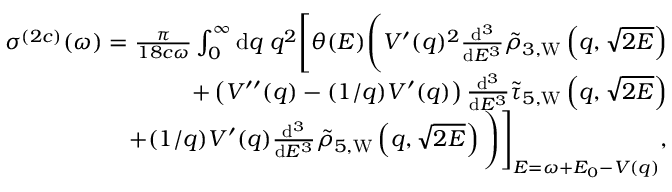
\begin{array} { r } { \sigma ^ { ( 2 c ) } ( \omega ) = \frac { \pi } { 1 8 c \omega } \int _ { 0 } ^ { \infty } \ensuremath { \mathrm { d } } q \; q ^ { 2 } \Biggl [ \theta ( E ) \Biggl ( V ^ { \prime } ( q ) ^ { 2 } \frac { \ensuremath { \mathrm { d } } ^ { 3 } } { \ensuremath { \mathrm { d } } E ^ { 3 } } \tilde { \rho } _ { 3 , \mathrm { W } } \left( q , \sqrt { 2 E } \right) } \\ { + \left( V ^ { \prime \prime } ( q ) - ( 1 / q ) V ^ { \prime } ( q ) \right) \frac { \ensuremath { \mathrm { d } } ^ { 3 } } { \ensuremath { \mathrm { d } } E ^ { 3 } } \tilde { \tau } _ { 5 , \mathrm { W } } \left( q , \sqrt { 2 E } \right) } \\ { + ( 1 / q ) V ^ { \prime } ( q ) \frac { \ensuremath { \mathrm { d } } ^ { 3 } } { \ensuremath { \mathrm { d } } E ^ { 3 } } \tilde { \rho } _ { 5 , \mathrm { W } } \left( q , \sqrt { 2 E } \right) \Biggl ) \Biggl ] _ { E = \omega + E _ { 0 } - V ( q ) } , } \end{array}